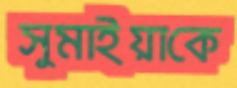
সুমাইয়াকে